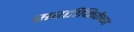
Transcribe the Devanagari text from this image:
सरटीफिकेष्ण